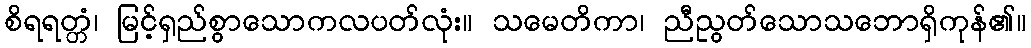
စိရရတ္တံ၊ မြင့်ရှည်စွာသောကလပတ်လုံး။ သမေတိကာ၊ ညီညွတ်သောသဘောရှိကုန်၏။